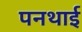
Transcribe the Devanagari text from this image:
पनथाई